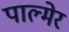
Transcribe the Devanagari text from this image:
पाल्मेर